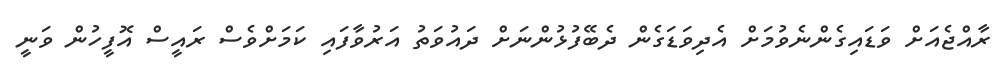
ރާއްޖެއަށް ވަޑައިގެންނެވުމަށް އެދިވަޑަގެން ދެބޭފުޅުންނަށް ދައުވަތު އަރުވާފައި ކަމަށްވެސް ރައީސް އޮފީހުން ވަނީ